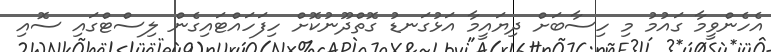
އެހެންވީމާ ގައުމު މި ހިސާބަށް ދިޔައީމާ އަޅުގަނޑު ގޮތްދޫނުކޮށް ހިފަހައްޓައިގެން ލިސްޓްގައި ސޮއި